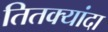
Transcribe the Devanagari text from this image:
तितक्यांदा